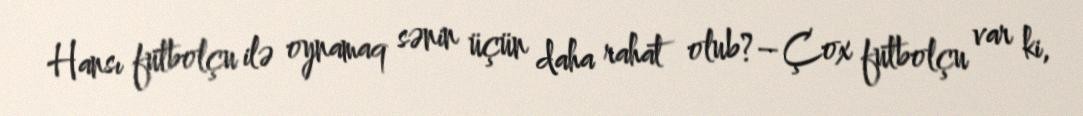
Hansı futbolçu ilə oynamaq sənin üçün daha rahat olub?– Çox futbolçu var ki,